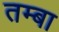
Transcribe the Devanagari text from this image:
तम्बा